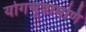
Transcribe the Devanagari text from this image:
योगचूडामणि